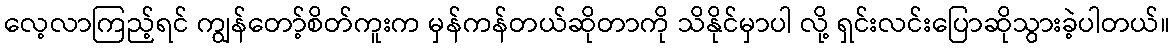
လေ့လာကြည့်ရင် ကျွန်တော့်စိတ်ကူးက မှန်ကန်တယ်ဆိုတာကို သိနိုင်မှာပါ လို့ ရှင်းလင်းပြောဆိုသွားခဲ့ပါတယ်။